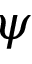
\psi